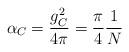
LaTeX: \begin{align*}\alpha_C={g^2_C\over 4\pi}={\pi \over 4}{1\over N}\end{align*}